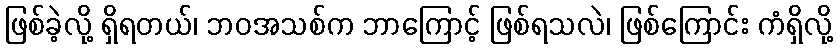
ဖြစ်ခဲ့လို့ ရှိရတယ်၊ ဘဝအသစ်က ဘာကြောင့် ဖြစ်ရသလဲ၊ ဖြစ်ကြောင်း ကံရှိလို့